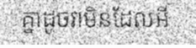
គ្នាដូចវាមិនដែលអី